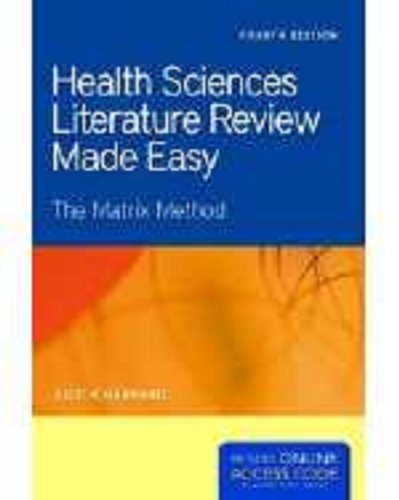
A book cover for Health Sciences Literature Review Made Easy (Garrard, Health Sciences Literature Review Made Easy); Judith Garrard; Medical Books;